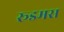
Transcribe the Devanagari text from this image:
रूडमस